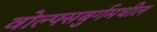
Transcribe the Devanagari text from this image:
वोल्फ्सबुर्गमधील